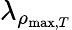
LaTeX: \lambda_{\rho_{\mathrm{max},T}}